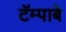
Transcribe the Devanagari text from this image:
टॅम्पाबे